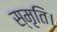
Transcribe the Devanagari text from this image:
स्मृति।